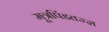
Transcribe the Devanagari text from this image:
मूत्रपिंडतज्‍ज्ञ